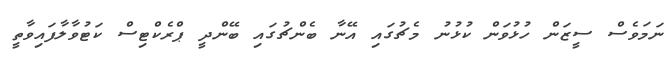
ނަމަވެސް ސީޒަން ހުޅުވަން ކުޅުނު މެޗުގައި އޭނާ ބެންޗުގައި ބޭންދީ ޕްރެކްޓިސް ކަޓުވާލާފައިވާތީ